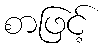
စာဖြင့်